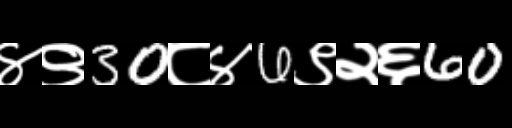
Text: ४९30८४6९२६60